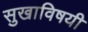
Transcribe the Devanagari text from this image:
सुखाविषयी